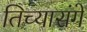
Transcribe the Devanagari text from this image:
तिच्यासंगे